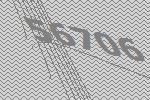
56706